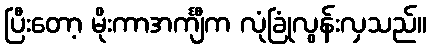
ပြီးတော့ မိုးကာအင်္ကျီက လုံခြုံလွန်းလှသည်။